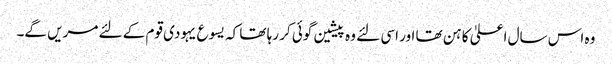
وہ اس سال اعلیٰ کاہن تھا اور اسی لئے وہ پیشین گوئی کر رہا تھا کہ یسوع یہودی قوم کے لئے مریں گے۔